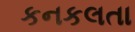
કનકલતા